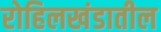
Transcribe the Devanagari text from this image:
रोहिलखंडातील